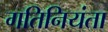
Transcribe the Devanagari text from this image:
गतिनियंता